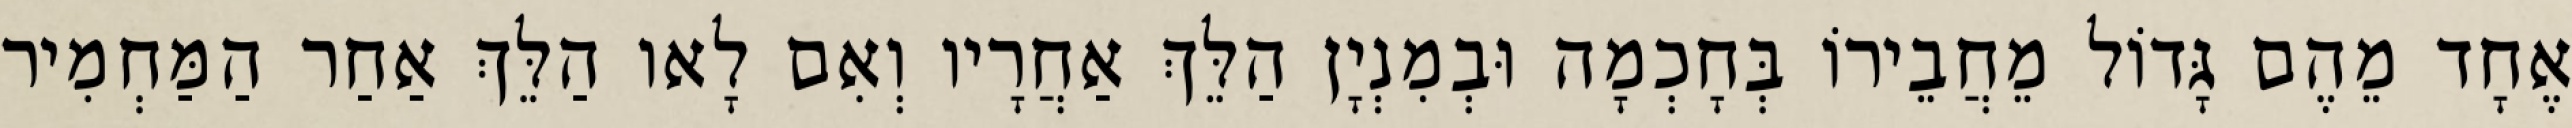
אֶחָד מֵהֶם גָּדוֹל מֵחֲבֵירוֹ בְּחָכְמָה וּבְמִנְיָן הַלֵּךְ אַחֲרָיו וְאִם לָאו הַלֵּךְ אַחַר הַמַּחְמִיר